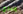
إجباري